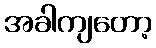
အခါကျတော့